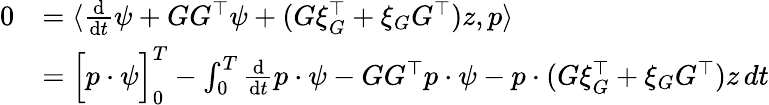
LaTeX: \begin{array}{rl}{0}&{=\langle\frac{\mathrm{d}}{\mathrm{d}t}\psi+GG^{\top}\psi+(G\xi_{G}^{\top}+\xi_{G}G^{\top})z,p\rangle}\\ &{=\Big[p\cdot\psi\Big]_{0}^{T}-\int_{0}^{T}\frac{\mathrm{d}}{\mathrm{d}t}p\cdot\psi-GG^{\top}p\cdot\psi-p\cdot(G\xi_{G}^{\top}+\xi_{G}G^{\top})z\, dt}\end{array}